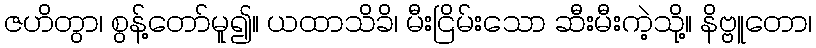
ဇဟိတွာ၊ စွန့်တော်မူ၍။ ယထာသိခိ၊ မီးငြိမ်းသော ဆီးမီးကဲ့သို့။ နိဗ္ဗူတော၊